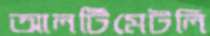
আলটিমেটলি